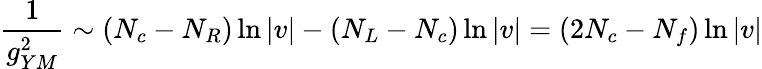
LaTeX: \frac{1}{g_{YM}^{2}}\sim(N_{c}-N_{R})\ln|v|-(N_{L}-N_{c})\ln|v|=(2N_{c}-N_{f})\ln|v|